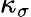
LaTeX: \kappa_{\sigma}